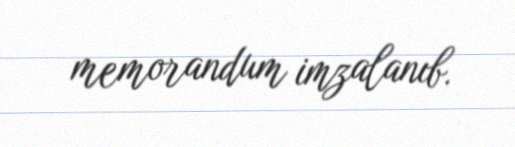
memorandum imzalanıb.